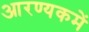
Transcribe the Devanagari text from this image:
आरण्यकमें